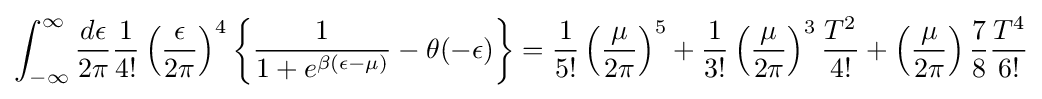
\int _{-\infty }^{\infty }{\frac {d\epsilon }{2\pi }}{\frac {1}{4!}}\left({\frac {\epsilon }{2\pi }}\right)^{4}\left\{{\frac {1}{1+e^{\beta (\epsilon -\mu )}}}-\theta (-\epsilon )\right\}={\frac {1}{5!}}\left({\frac {\mu }{2\pi }}\right)^{5}+{\frac {1}{3!}}\left({\frac {\mu }{2\pi }}\right)^{3}{\frac {T^{2}}{4!}}+\left({\frac {\mu }{2\pi }}\right){\frac {7}{8}}{\frac {T^{4}}{6!}}